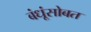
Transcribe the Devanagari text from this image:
बंधूंसोबत